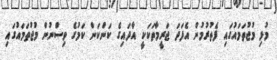
މުޅި މުޖުތަމައުގައި ފެތުރުމުން އެފަދަ ޖަރީމާތަކަކީ އާދައިގެ ކަންކަން ކަމުގެ ވިސްނުން މުޖުތަމައުގައި